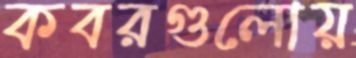
কবরগুলোয়